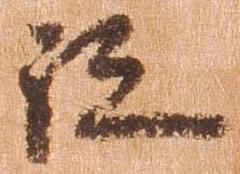
跡